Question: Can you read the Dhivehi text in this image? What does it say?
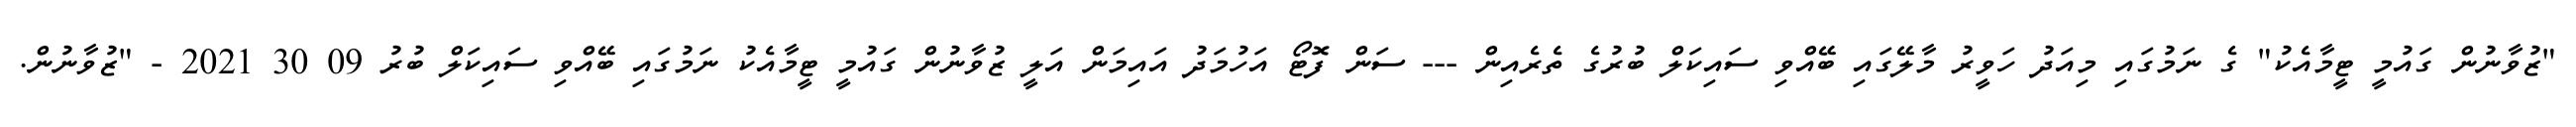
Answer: "ޒުވާނުން ގައުމީ ޓީމާއެކު" ގެ ނަމުގައި މިއަދު ހަވީރު މާލޭގައި ބޭއްވި ސައިކަލް ބުރުގެ ތެރެއިން --- ސަން ފޮޓޯ އަހުމަދު އައިމަން އަލީ ޒުވާނުން ގައުމީ ޓީމާއެކު ނަމުގައި ބޭއްވި ސައިކަލް ބުރު 09 30 2021 - "ޒުވާނުން.